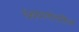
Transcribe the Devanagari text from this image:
वेबपानांवरील